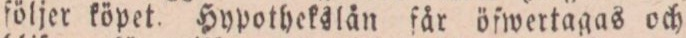
följer köpet. Hypothekslån får öfwertagas och